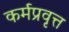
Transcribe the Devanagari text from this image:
कर्मप्रवृत्त